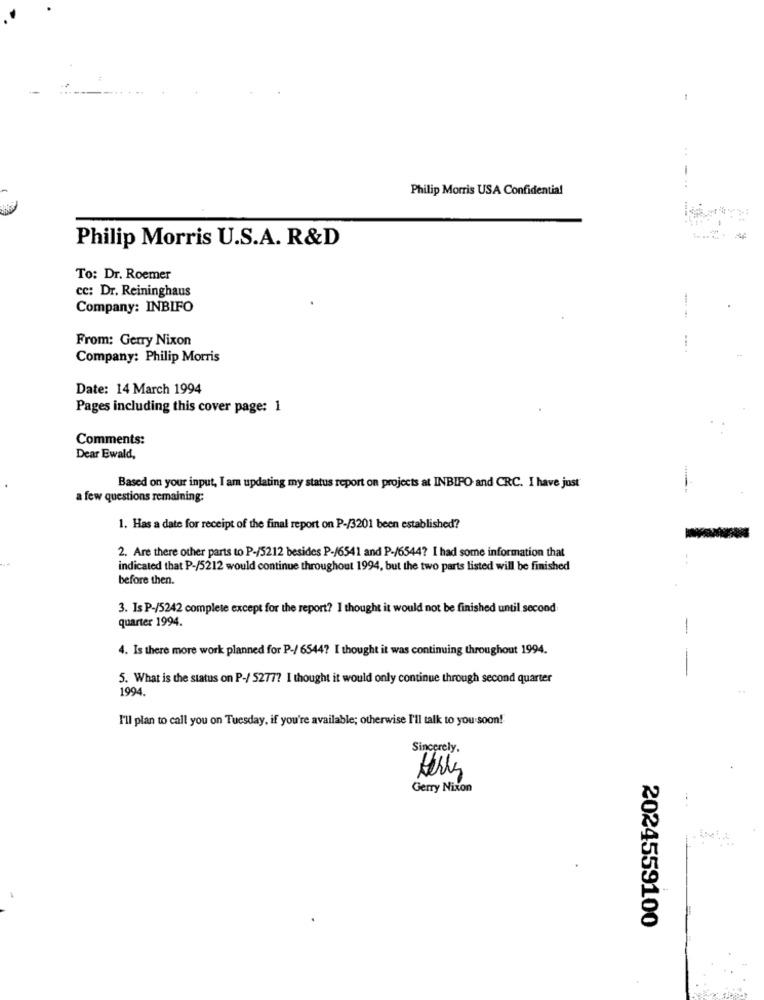
Philip Morris USA Confidential
Philip Morris U.S.A. R&D
To: Dr. Roemer
cc: Dr. Reininghaus
Company: INBIFO
From: Gerry Nixon
Company: Philip Morris
Date: 14 March 1994
Pages including this cover page: 1
Comments:
Dear Ewald,
Based on your input, I am updating my status report on projects at INBIFO and CRC. I have just
a few questions remaining:
1. Has a date for receipt of the final report on P-/3201 been established?
2. Are there other parts to P-/5212 besides P-/6541 and P-/6544? I had some information that
indicated that P-/5212 would continue throughout 1994, but the two parts listed will be finished
before then.
3. Is P-/5242 complete except for the report? I thought it would not be finished until second
quarter 1994.
-
4. Is there more work planned for P-/ 6544? I thought it was continuing throughout 1994.
5. What is the status on P-/ 5277? I thought it would only continue through second quarter
1994.
I'll plan to call you on Tuesday, if you're available; otherwise I'll talk to you soon!
Sincerely,
Gerry Nixon
2024559100